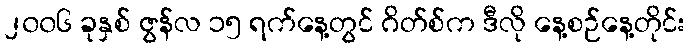
၂၀၀၆ ခုနှစ် ဇွန်လ ၁၅ ရက်နေ့တွင် ဂိတ်စ်က ဒီလို နေ့စဉ်နေ့တိုင်း